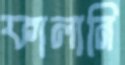
ফালানি